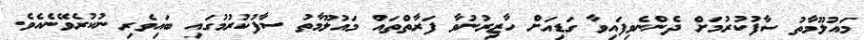
މައުލޫމާތު ސާފުކުރުމަށް ދެންނެވިފައިވާ ގަޑިއަށް ހާޒިރުނުވާ ފަރާތްތައް މައުލޫމާތު ސާފުކުރުމުގައި ބައިވެރި ނުކުރެވޭނެއެވެ.